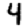
Digit: 4